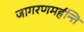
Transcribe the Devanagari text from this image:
जागरणमर्हन्ति